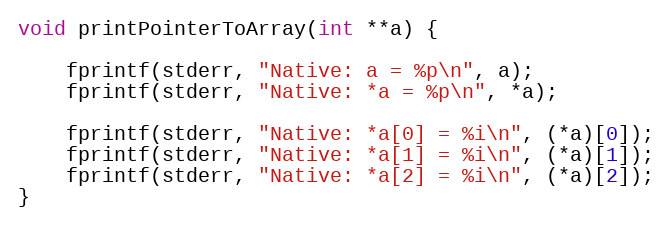
Language: C
void printPointerToArray(int **a) {

    fprintf(stderr, "Native: a = %p\n", a);
    fprintf(stderr, "Native: *a = %p\n", *a);

    fprintf(stderr, "Native: *a[0] = %i\n", (*a)[0]);
    fprintf(stderr, "Native: *a[1] = %i\n", (*a)[1]);
    fprintf(stderr, "Native: *a[2] = %i\n", (*a)[2]);
}